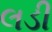
લડી